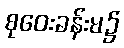
စုဝေးခန်းမ၌